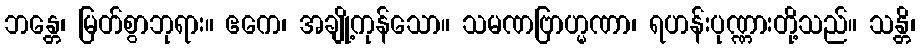
ဘန္တေ၊ မြတ်စွာဘုရား။ ဧကေ၊ အချို့ကုန်သော။ သမဏဗြာဟ္မဏာ၊ ရဟန်းပုဏ္ဏားတို့သည်။ သန္တိ၊